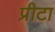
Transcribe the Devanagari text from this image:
प्रीटा